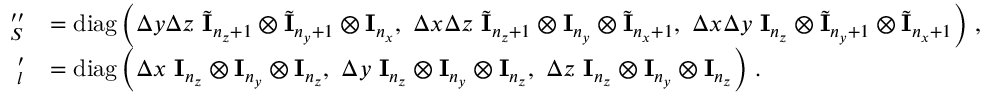
\begin{array} { r l } { \mathbf \Lambda _ { S } ^ { \prime \prime } } & { = \operatorname { d i a g } \left( \Delta y \Delta z \ \tilde { \mathbf I } _ { n _ { z } + 1 } \otimes \tilde { \mathbf I } _ { n _ { y } + 1 } \otimes \mathbf I _ { n _ { x } } , \ \Delta x \Delta z \ \tilde { \mathbf I } _ { n _ { z } + 1 } \otimes \mathbf I _ { n _ { y } } \otimes \tilde { \mathbf I } _ { n _ { x } + 1 } , \ \Delta x \Delta y \ \mathbf I _ { n _ { z } } \otimes \tilde { \mathbf I } _ { n _ { y } + 1 } \otimes \tilde { \mathbf I } _ { n _ { x } + 1 } \right) \, , } \\ { \mathbf \Lambda _ { l } ^ { \prime } } & { = \operatorname { d i a g } \left( \Delta x \ \mathbf I _ { n _ { z } } \otimes \mathbf I _ { n _ { y } } \otimes \mathbf I _ { n _ { z } } , \ \Delta y \ \mathbf I _ { n _ { z } } \otimes \mathbf I _ { n _ { y } } \otimes \mathbf I _ { n _ { z } } , \ \Delta z \ \mathbf I _ { n _ { z } } \otimes \mathbf I _ { n _ { y } } \otimes \mathbf I _ { n _ { z } } \right) \, . } \end{array}